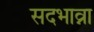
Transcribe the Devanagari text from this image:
सदभाव्ना